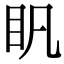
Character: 𥃵